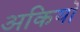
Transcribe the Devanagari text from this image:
अकियो